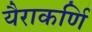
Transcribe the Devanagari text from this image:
यैराकर्णि